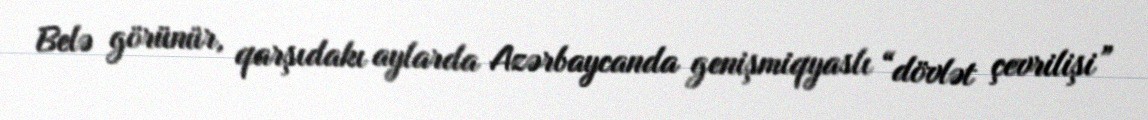
Belə görünür, qarşıdakı aylarda Azərbaycanda genişmiqyaslı “dövlət çevrilişi”